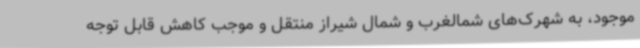
موجود، به شهرک‌های شمالغرب و شمال شیراز منتقل و موجب کاهش قابل توجه